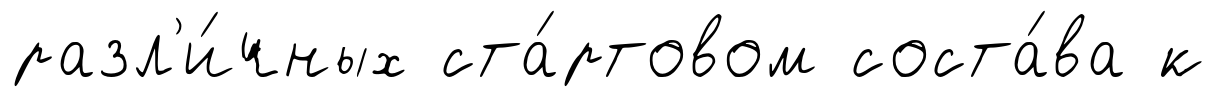
разл'и́чных ста́ртовом соста́ва к